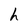
Character: h